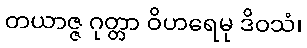
တယာဇ္ဇ ဂုတ္တာ ဝိဟရေမု ဒိဝသံ၊